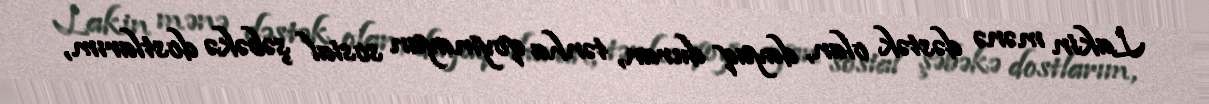
Lakin mənə dəstək olan, dayaq duran, tənha qoymayan sosial şəbəkə dostlarım,